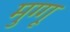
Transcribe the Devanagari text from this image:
मुग्गू